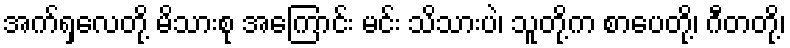
အက်ရှလေတို့ မိသားစု အကြောင်း မင်း သိသားပဲ၊ သူတို့က စာပေတို့၊ ဂီတတို့၊